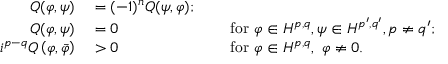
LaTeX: \begin{array} { r l r l } { Q ( \varphi , \psi ) } & { { } = ( - 1 ) ^ { n } Q ( \psi , \varphi ) ; } \\ { Q ( \varphi , \psi ) } & { { } = 0 } & { } & { { } { \mathrm { ~ f o r ~ } } \varphi \in H ^ { p , q } , \psi \in H ^ { p ^ { \prime } , q ^ { \prime } } , p \neq q ^ { \prime } ; } \\ { i ^ { p - q } Q \left( \varphi , { \bar { \varphi } } \right) } & { { } > 0 } & { } & { { } { \mathrm { ~ f o r ~ } } \varphi \in H ^ { p , q } , \ \varphi \neq 0 . } \end{array}